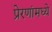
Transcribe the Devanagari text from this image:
प्रेरणांमध्ये